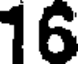
16